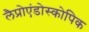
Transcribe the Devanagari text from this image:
लैप्रोएंडोस्कोपिक